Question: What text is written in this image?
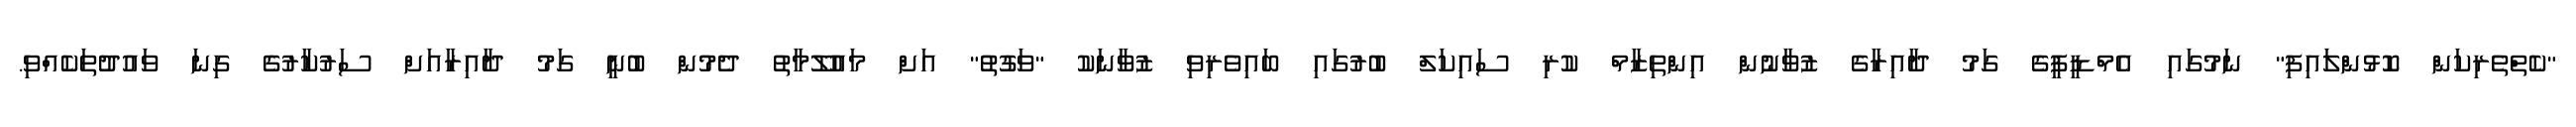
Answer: "ކެތްތެރިކަން ކޮޅުންލައިފި" ނަމުގައި އެމްޑީޕީގެ ގަމު ދާއިރާގެ ޒުވާނުން އިންތިޒާމް ކުރި ސައިކަލް ބުރުގައި ބައިވެރިވި ޒުވާނަކު "ވަގުތު" އަށް މައުލޫމާތު ދެމުން ބުނީ ގަމު ދާއިރާއަށް ސަރުކާރުގެ ގިނަ ވައުދުތަކެއްވި.